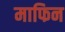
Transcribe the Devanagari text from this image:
माफिन